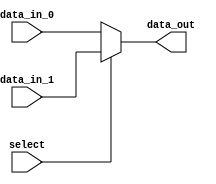
module multiplexer_2to1 (
    input wire data_in_0,
    input wire data_in_1,
    input wire select,
    output reg data_out
);

always @ (data_in_0, data_in_1, select)
begin
    if (select == 1'b0)
        data_out = data_in_0;
    else
        data_out = data_in_1;
end

endmodule